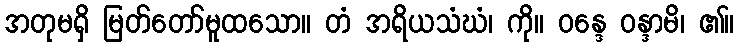
အတုမရှိ မြတ်တော်မူထသော။ တံ အရိယသံဃံ၊ ကို။ ဝန္ဒေ ဝန္ဒာမိ၊ ၏။